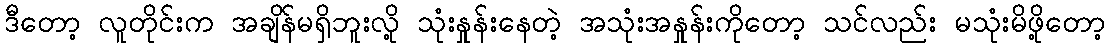
ဒီတော့ လူတိုင်းက အချိန်မရှိဘူးလို့ သုံးနှုန်းနေတဲ့ အသုံးအနှုန်းကိုတော့ သင်လည်း မသုံးမိဖို့တော့